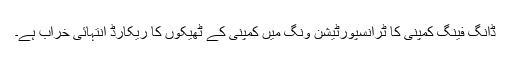
ڈانگ فینگ کمپنی کا ٹرانسپورٹیشن ونگ میں کمپنی کے ٹھیکوں کا ریکارڈ انتہائی خراب ہے۔